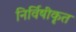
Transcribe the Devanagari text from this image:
निर्विषीकृत